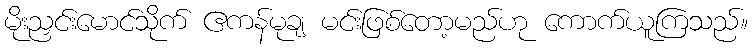
မိုးညှင်းမောင်သိုက် ဧကန်မုချ မင်းဖြစ်တော့မည်ဟု ကောက်ယူကြသည်။